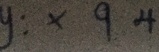
y : x 9 4